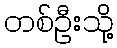
တစ်ဦးသို့